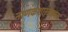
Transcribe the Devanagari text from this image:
नाणकशास्त्रात्मक